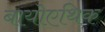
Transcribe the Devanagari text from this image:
बायोएथिक